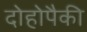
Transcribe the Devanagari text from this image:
दोहोपैकी